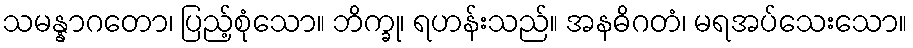
သမန္နာဂတော၊ ပြည့်စုံသော။ ဘိက္ခု၊ ရဟန်းသည်။ အနဓိဂတံ၊ မရအပ်သေးသော။